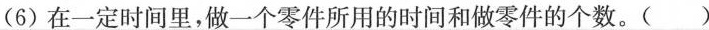
(6)在一定时间里，做一个零件所用的时间和做零件的个数。( )